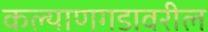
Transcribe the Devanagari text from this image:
कल्याणगडावरील